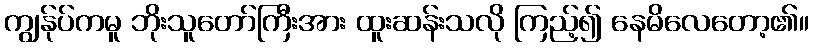
ကျွန်ုပ်ကမူ ဘိုးသူတော်ကြီးအား ထူးဆန်းသလို ကြည့်၍ နေမိလေတော့၏။